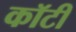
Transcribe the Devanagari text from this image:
कॉटी